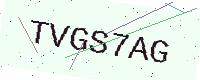
Text: TVGS7AG